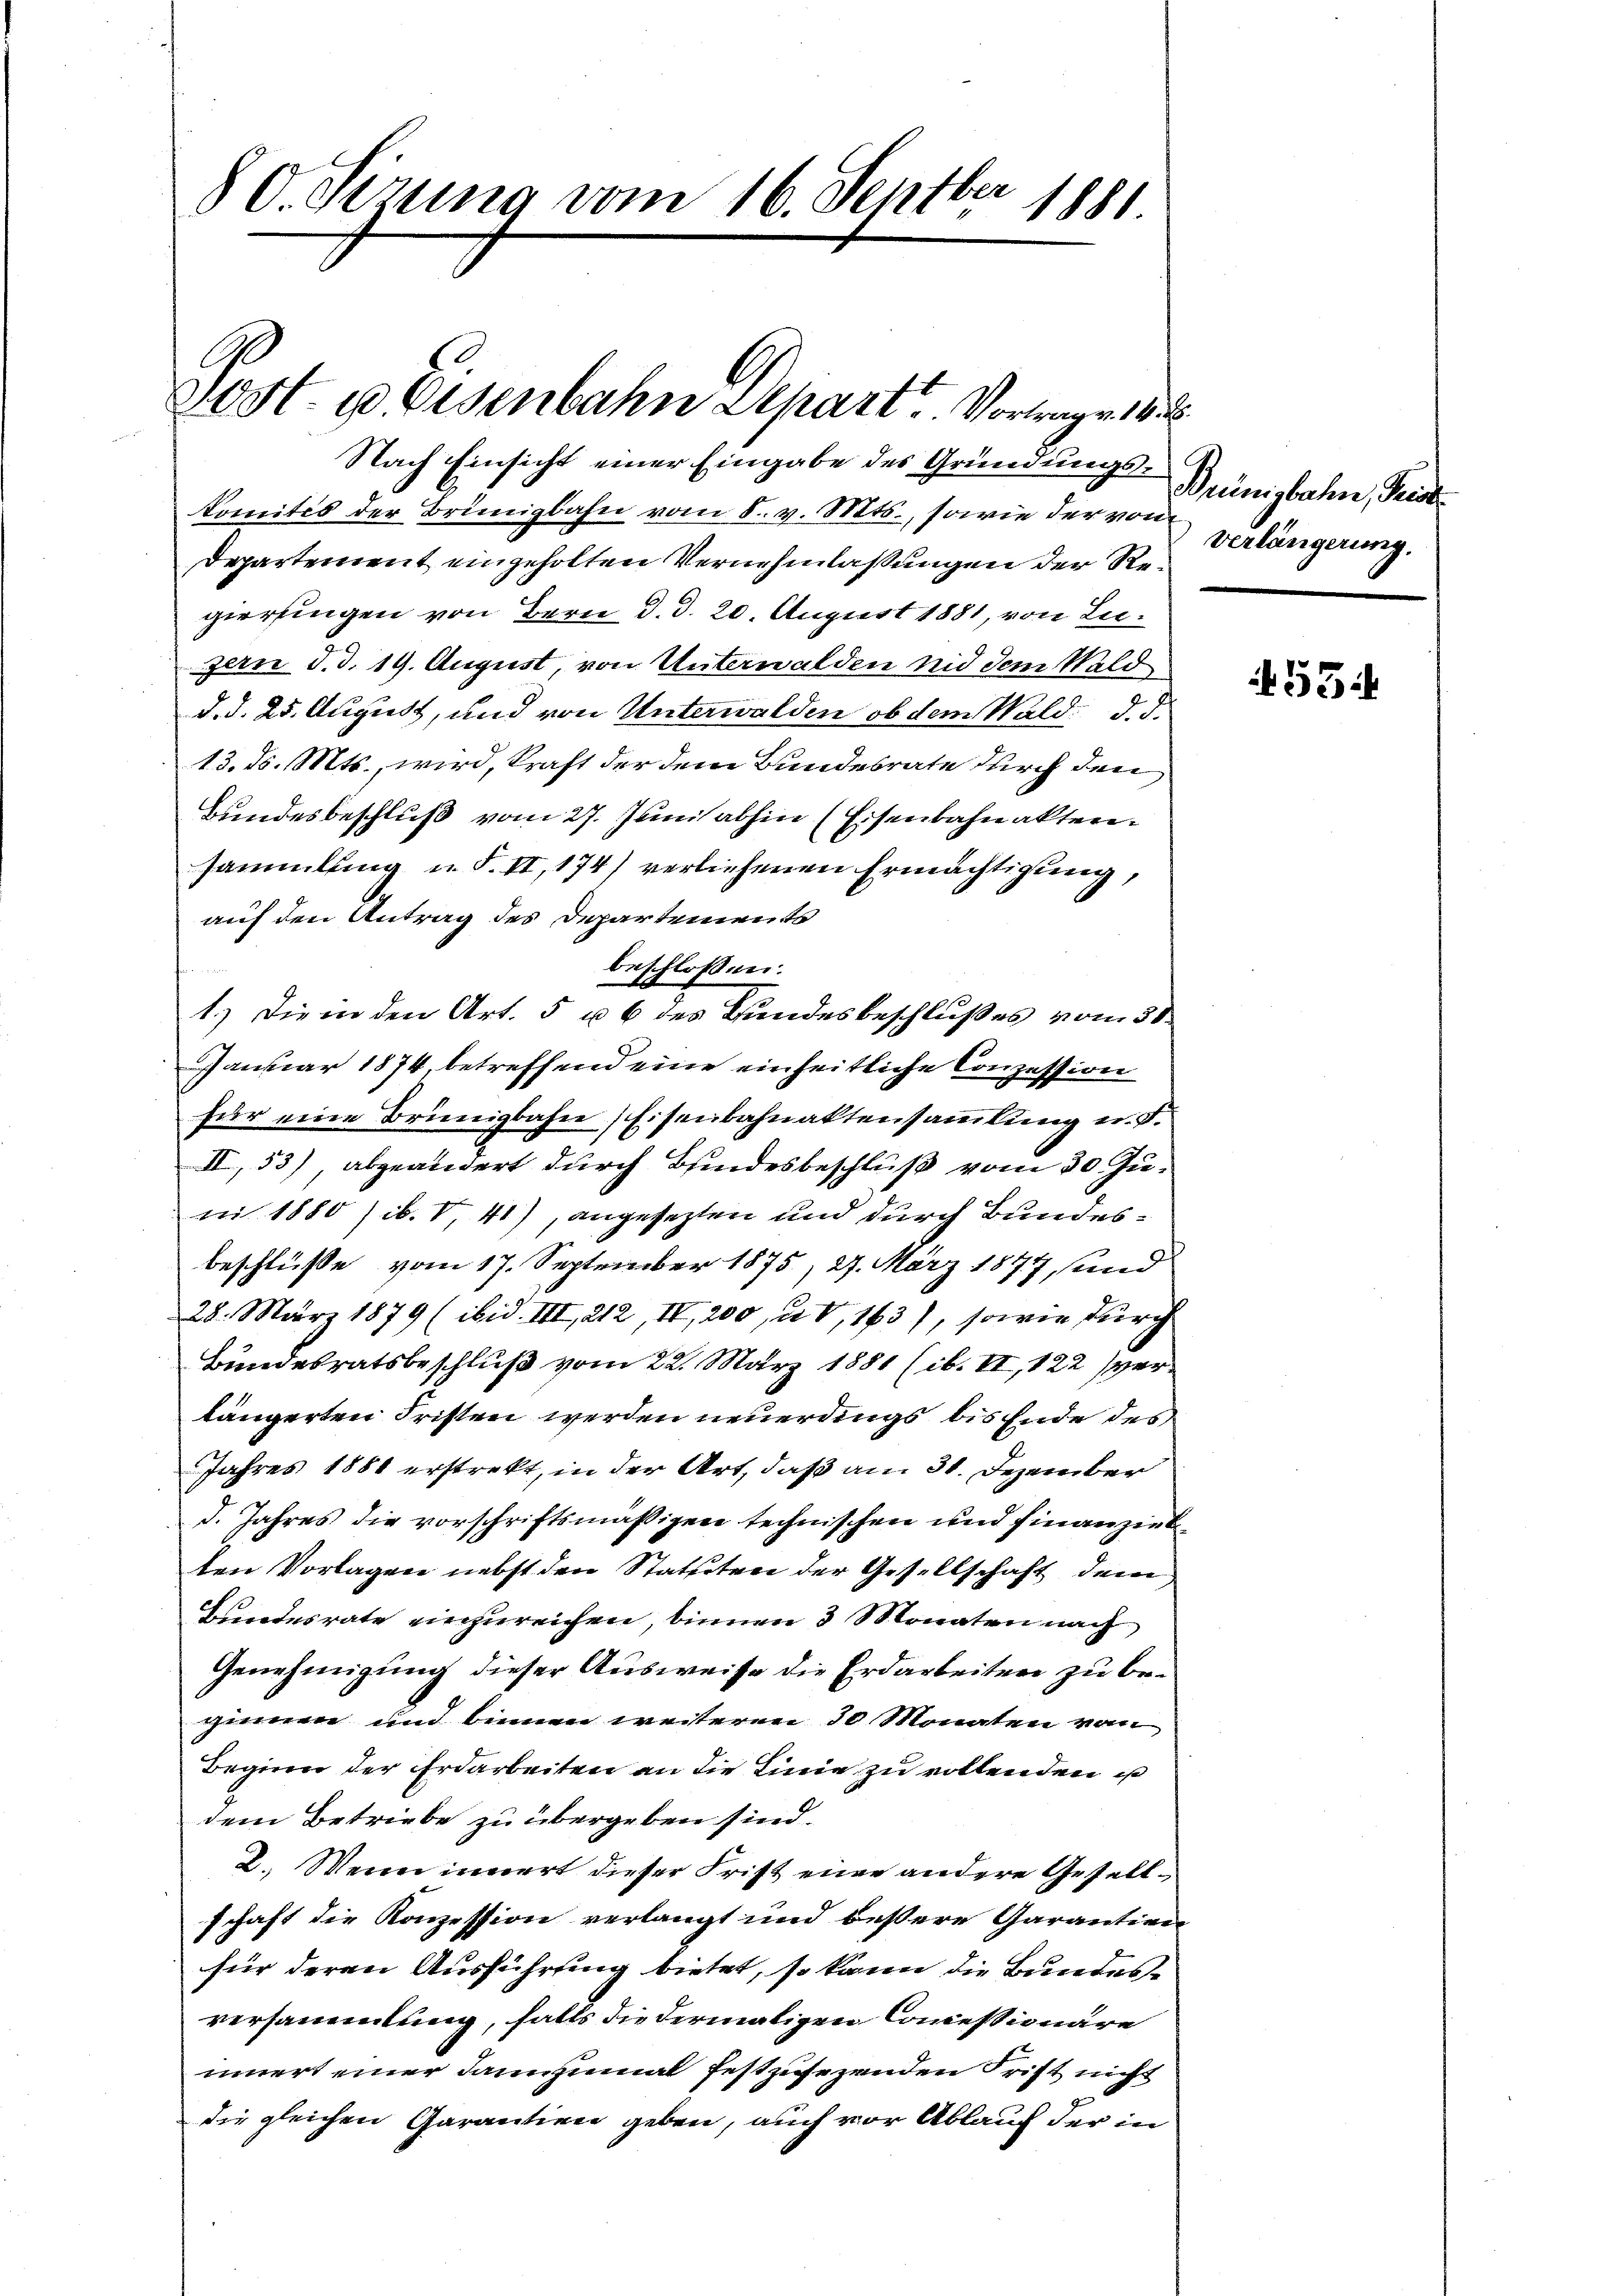
80 Sizung vom 16. Septber 1881

20 S. 10 Eisenbahn Depart. Vortrage. 14.

Nach Einsicht einer Eingabe des Gründungskomités der Brünigbahn vom 8. v. Mts., sowie der von
Departement eingeholten Vernehmlassungen der Regieringen von Bern d. d. 20. August 1881, von Liezern d. d. 19. August, von Unterwalden nid dem Wald
d. d. 25. August, und von Unterwalden, ob dem Wald. d. d.
13. d. Mts., wird, kraft der dem Bundesrate durch den
Bundesbeschluß vom 27. Juni abhin (Eisenbahnakten.
sammlung u. S. II, 174) verliehenen Ermächtigung,
auf den Antrag des Departements
beschlossen:
1.) Die in den Art. 5 u 6 des Bundesbeschlußes vom 31.
Januar 1874 betreffend eine einheitliche Conzession
für eine Brünigbahn, Eisenbahnaktensammlung u. d.
II, 53), abgeändert durch Bindesbeschluß vom 30. Juni 1880 /ib. V, 41), angesezten und durch Bundesbeschlüße vom 17. September 1875, 27. März 1877, und
28. März 1879 (ibid. III, 212 IV, 200, u. V, 163), sowie durch
Bundesratsbeschluß vom 22. März 1881 (ib. II, 122 verlängerten Fristen werden neuerdings bis Ende des
Jahres 1884 erstrekt, in der Art, daß am 31. Dezember
d. Jahres die vorschriftsmäßigen technischen und finanzielten Vorlagen nebst den Statteten der Gesellschaft dem
Bundesrate einzureichen, binnen 3 Monaten nach
Genehmigung dieser Ausweise die Erdarbeiten zu beginnen und keinen weiteren 10 Monaten vom
Beginn der Erdarbeiten an die Linie zu vollenden ist
dem Betriebe zu übergeben sind.
2. Wenn innert dieser Frist eine andere Gesellschaft die Konzession verlangt und bessere Garantien
für deren Ausführung bietet, so kann die Bundesversammlung, falls die dermaligen Concessionäre
innert einer dannzumal festzusezenden Frist nicht
die gleichen Garantien geben, auch vor Ablauf der in

Bringbahn, Seide
Verlängerung.

534